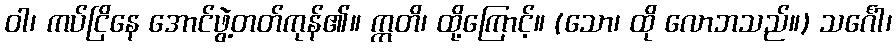
ဝါ၊ ကပ်ငြိနေ အောင်ဖွဲ့တတ်ကုန်၏။ ဣတိ၊ ထို့ကြောင့်။ (သော၊ ထို လောဘသည်။) သင်္ဂေါ၊